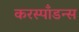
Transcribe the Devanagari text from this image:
करस्‍पाँडन्स